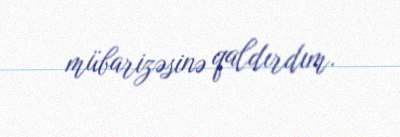
mübarizəsinə qaldırdım.